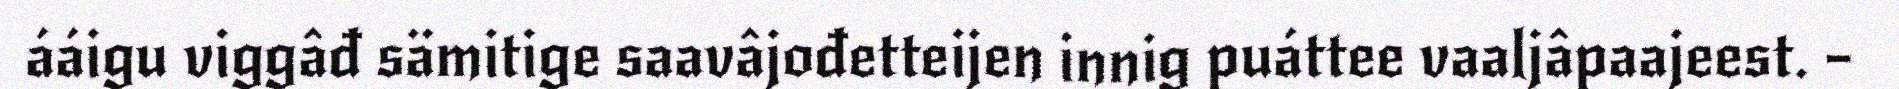
ááigu viggâđ sämitige saavâjođetteijen innig puáttee vaaljâpaajeest. –